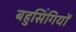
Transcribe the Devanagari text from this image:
बहुसिंगियों